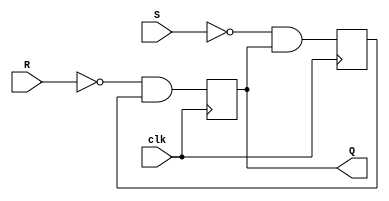
module sr_ff (
    input S, 
    input R, 
    input clk, 
    output reg Q
);

reg M,Q;

always @(posedge clk) begin
    M <= ((~S) & Q);
    Q <= ((~R) & M);
end

endmodule